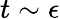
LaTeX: t\sim\epsilon